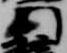
門